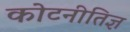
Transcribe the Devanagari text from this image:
कोटनीतिज्ञ